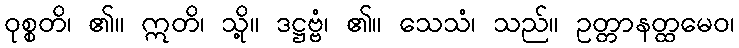
ဝုစ္စတိ၊ ၏။ ဣတိ၊ သို့။ ဒဋ္ဌဗ္ဗံ၊ ၏။ သေသံ၊ သည်။ ဥတ္တာနတ္ထမေဝ၊